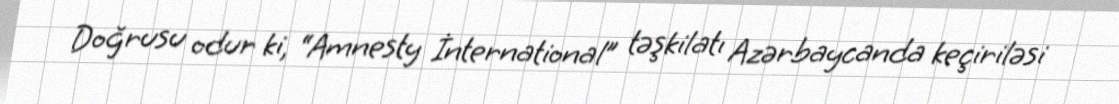
Doğrusu odur ki, “Amnesty İnternational” təşkilatı Azərbaycanda keçiriləsi